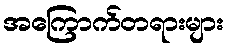
အကြောက်တရားများ